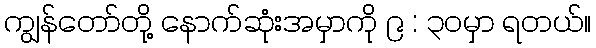
ကျွန်တော်တို့ နောက်ဆုံးအမှာကို ၉ : ၃၀မှာ ရတယ်။